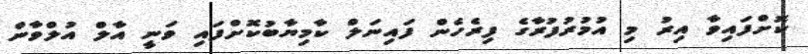
ކޮށްފައިވާ އިރު މި އުމުރުފުރާގެ ފިރެހެން ފައިނަލް ކާމިޔާބުކޮށްފައި ވަނީ އާލް އުލްވާން